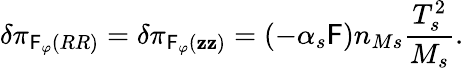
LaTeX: \delta\pi_{\mathsf{F}_{\varphi}\left(RR\right)}=\delta\pi_{\mathsf{F}_{\varphi}\left(\mathbf{z}\mathbf{z}\right)}=\left(-\alpha_{s}\mathsf{F}\right)n_{Ms}\frac{{T_{s}^{2}}}{{M_{s}}}.